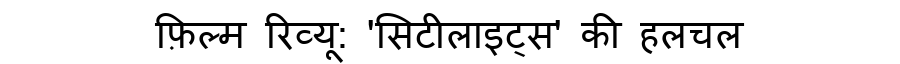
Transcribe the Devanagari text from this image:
फ़िल्म रिव्यू: 'सिटीलाइट्स' की हलचल